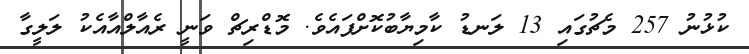
ކުޅުނު 257 މެޗުގައި 13 ލަނޑު ކާމިޔާބުކޮށްފައެވެ. މޮޑްރިޗް ވަނީ ރެއާލްއާއެކު ލަލީގާ